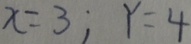
x = 3 ; Y = 4